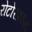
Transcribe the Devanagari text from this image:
रोटोरक्राफ्ट